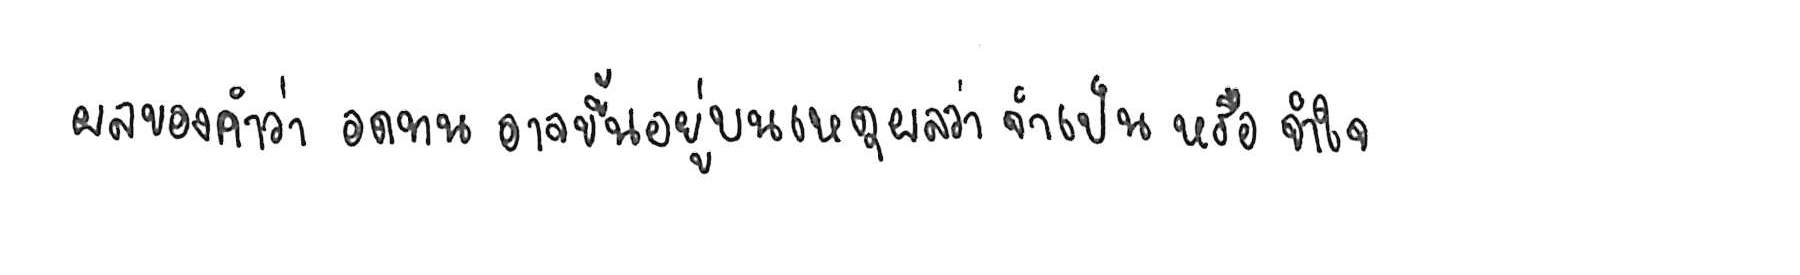
ผลของคำว่า อดทน อาจขึ้นอยู่บนเหตุผลว่า จำเป็น หรือ จำใจ